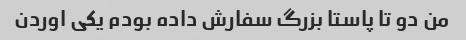
من دو تا پاستا بزرگ سفارش داده بودم یکی اوردن